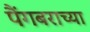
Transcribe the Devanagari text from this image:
पैंगबराच्या